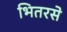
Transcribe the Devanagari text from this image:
भितरसे